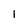
Character: 1